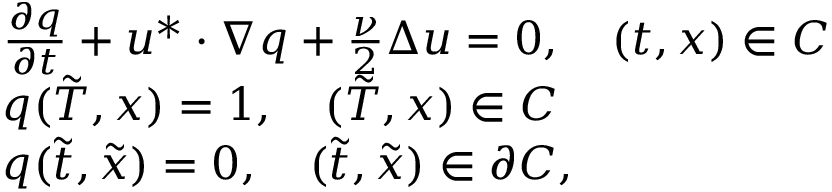
\begin{array} { r l } & { \frac { \partial q } { \partial t } + u ^ { * } \cdot \nabla q + \frac { \nu } { 2 } \Delta u = 0 , \quad ( t , x ) \in { \cal C } } \\ & { q ( \tilde { T } , x ) = 1 , \quad ( \tilde { T } , x ) \in { \cal C } } \\ & { q ( \tilde { t } , \tilde { x } ) = 0 , \quad ( \tilde { t } , \tilde { x } ) \in \partial { \cal C } , } \end{array}